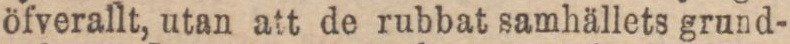
öfverallt, utan att de rubbat samhällets grund-